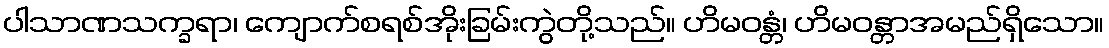
ပါသာဏသက္ခရာ၊ ကျောက်စရစ်အိုးခြမ်းကွဲတို့သည်။ ဟိမဝန္တံ၊ ဟိမဝန္တာအမည်ရှိသော။